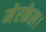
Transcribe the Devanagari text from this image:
मेरकेल।